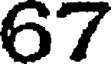
67